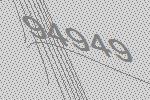
94949